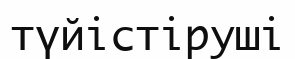
түйістіруші